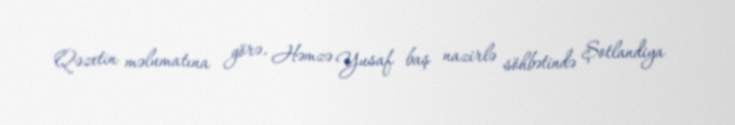
Qəzetin məlumatına görə, Həmzə Yusaf baş nazirlə söhbətində Şotlandiya